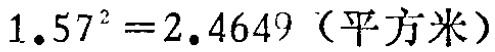
\(1.57^{2} = 2.4649\)（平方米）